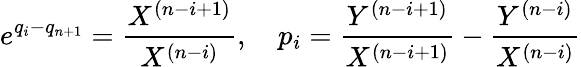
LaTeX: e^{q_{i}-q_{n+1}}={\frac{X^{(n-i+1)}}{X^{(n-i)}}},\quad p_{i}={\frac{Y^{(n-i+1)}}{X^{(n-i+1)}}}-{\frac{Y^{(n-i)}}{X^{(n-i)}}}